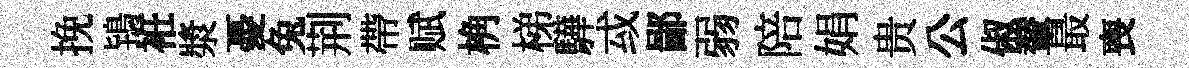
挽鴇袵漿憂兔荆帶赋桷梯驊㦯鄙弱陪娟贵公俶輦最喪